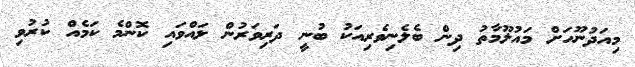
މިއަދުނޫހަށް މައުލޫމާތު ދިން ބެލެނިވެރިއަކު ބުނީ ދަރިވަރުން ލައްވައި ކޮންމެ ކަމެއް ކުރުވި